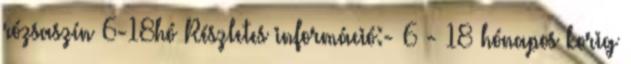
rózsaszín 6-18hó Részletes információ:- 6 - 18 hónapos korig